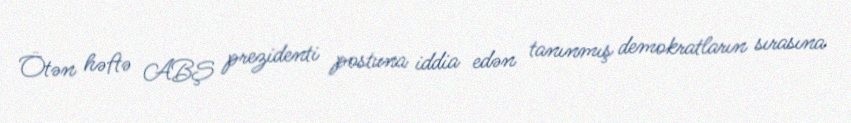
Ötən həftə ABŞ prezidenti postuna iddia edən tanınmış demokratların sırasına